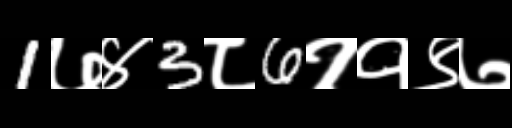
Text: 1७४3८6११९७